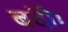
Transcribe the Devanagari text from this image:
बंदी।